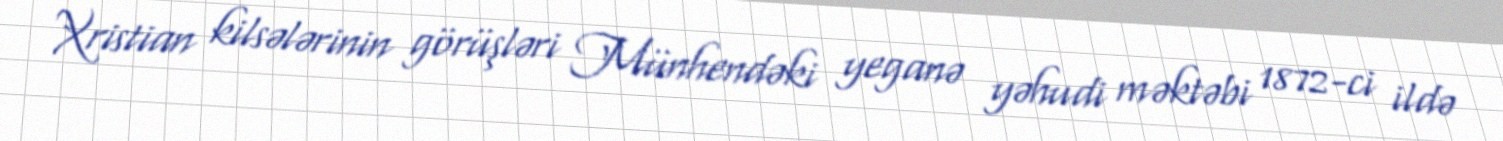
Xristian kilsələrinin görüşləri Münhendəki yeganə yəhudi məktəbi 1872-ci ildə